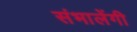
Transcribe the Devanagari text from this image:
संभालेंगी